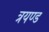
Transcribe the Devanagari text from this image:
त्रयण्ड